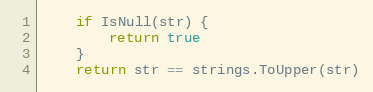
Language: Go
	if IsNull(str) {
		return true
	}
	return str == strings.ToUpper(str)